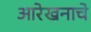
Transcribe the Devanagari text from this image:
आरेखनाचे